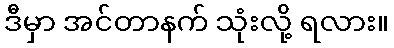
ဒီမှာ အင်တာနက် သုံးလို့ ရလား။